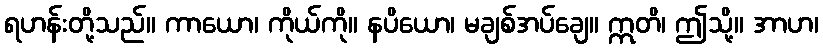
ရဟန်းတို့သည်။ ကာယော၊ ကိုယ်ကို။ နပိယော၊ မချစ်အပ်ချေ။ ဣတိ၊ ဤသို့။ အာဟ၊